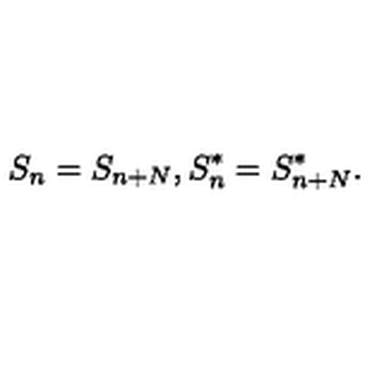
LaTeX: S _ { n } = S _ { n + N } , S _ { n } ^ { * } = S _ { n + N } ^ { * } .